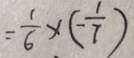
= \frac { 1 } { 6 } \times ( - \frac { 1 } { 7 } )